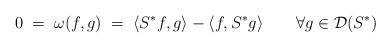
LaTeX: \begin{align*} 0\;=\;\omega(f,g)\;=\;\langle S^*f,g\rangle-\langle f,S^*g\rangle\qquad\forall g\in\mathcal{D}(S^*)\end{align*}